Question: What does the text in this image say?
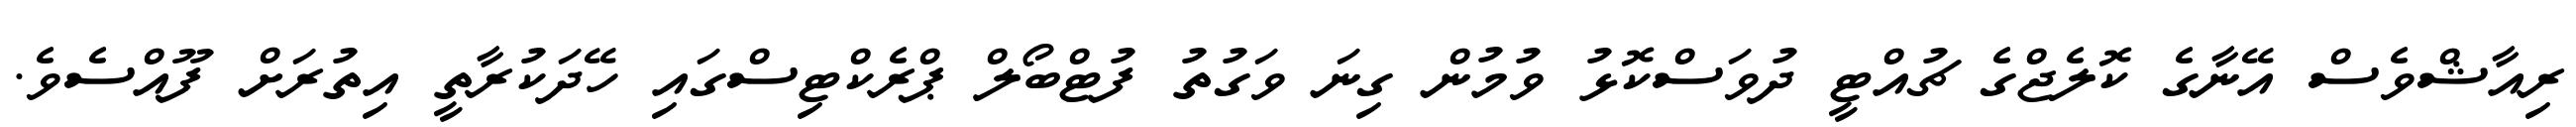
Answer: ރިއާޝްވެސް އޭނާގެ ކޮލެޖްގެ ޗުއްޓީ ދުވަސްކޮޅު ވުމުން ގިނަ ވަގުތު ފުޓްބޯލް ޕްރެކްޓިސްގައި ހޭދަކުރާތީ އިތުރަށް ފޫއްސެވެ.